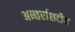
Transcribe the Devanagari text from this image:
अन्तर्राशटीय